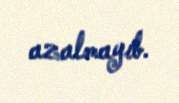
azalmayıb.